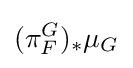
(\pi _{F}^{G})_{*}\mu _{G}